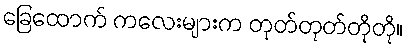
ခြေထောက် ကလေးများက တုတ်တုတ်တိုတို။